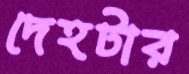
দেহটার